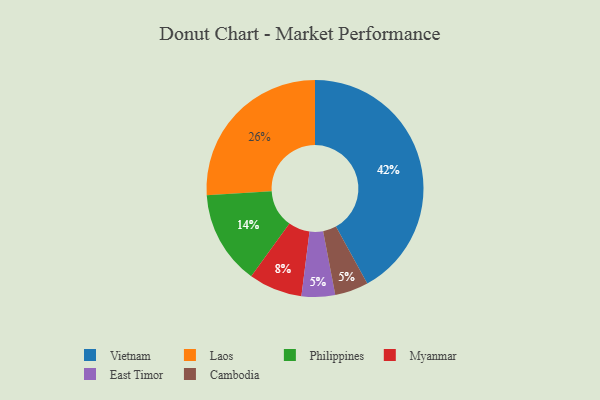
{"axis": {"x": "Category", "y": "Percentage"}, "legend": ["Cambodia", "East Timor", "Laos", "Myanmar", "Philippines", "Vietnam"], "data": [{"x": "Philippines", "y": 14, "type": "Philippines"}, {"x": "Laos", "y": 26, "type": "Laos"}, {"x": "Myanmar", "y": 8, "type": "Myanmar"}, {"x": "East Timor", "y": 5, "type": "East Timor"}, {"x": "Vietnam", "y": 42, "type": "Vietnam"}, {"x": "Cambodia", "y": 5, "type": "Cambodia"}]}